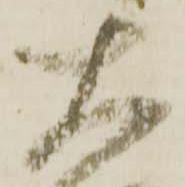
大